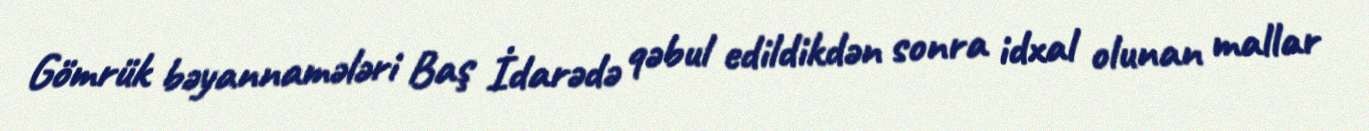
Gömrük bəyannamələri Baş İdarədə qəbul edildikdən sonra idxal olunan mallar